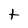
Character: t